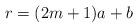
LaTeX: \begin{align*} r = (2m + 1)a + b\end{align*}